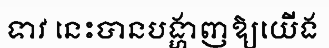
ទាវ នេះបានបង្ហាញឱ្យយើង